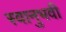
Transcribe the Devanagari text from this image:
स्वानुभवी